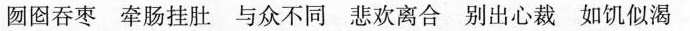
囫囵吞枣 牵肠挂肚 与众不同 悲欢离合 别出心裁 如饥似渴